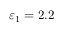
\varepsilon _ { 1 } = 2 . 2